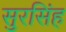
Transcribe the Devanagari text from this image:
सुरसिंह